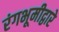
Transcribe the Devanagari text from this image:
रंगभूमीद्वारे